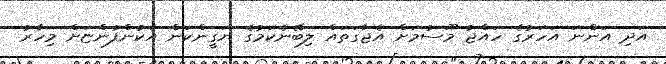
އަދި އަންނަ އަހަރުގެ ހައްޖު މޫސުމަށް އެޖާގަތައް ލިބޭނެކަމުގެ ޔަގީންކަން އެކުންފުންޏަށް މިހާރު